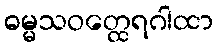
ဓမ္မသဝတ္ထေရဂါထာ